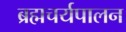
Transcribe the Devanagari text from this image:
ब्रह्मचर्यपालन